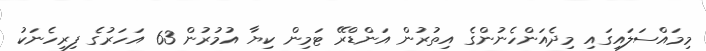
މިމައްސަލައިގައި މިދެއަންހެނުންގެ އިތުރުން އަންޑްރޭ ޓަމިން ކިޔާ އުމުރުން 63 އަހަރުގެ ފިރިހެނަކު